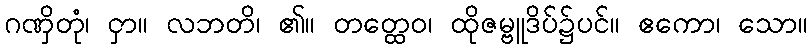
ဂဏှိတုံ၊ ငှာ။ လဘတိ၊ ၏။ တတ္ထေဝ၊ ထိုဇမ္ဗူဒိပ်၌ပင်။ ဧကော၊ သော။